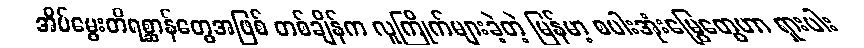
အိမ်မွေးတိရစ္ဆာန်တွေအဖြစ် တစ်ချိန်က လူကြိုက်များခဲ့တဲ့ မြန်မာ့ စပါးအုံးမြွေတွေဟာ ရှားပါး